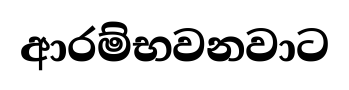
ආරම්භවනවාට